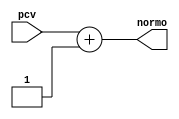
`timescale 1ns / 1ps
//////////////////////////////////////////////////////////////////////////////////
// Company: 
// Engineer: 
// 
// Design Name: 
// Module Name:    addr_norm 
// Project Name: 
// Target Devices: 
// Tool versions: 
// Description: 
//
// Dependencies: 
//
// Revision: 
// Revision 0.01 - File Created
// Additional Comments: 
//
//////////////////////////////////////////////////////////////////////////////////
module addr_norm( normo, pcv );

input  [6:0] pcv;
output [6:0] normo;

reg [6:0] ooo;

always @ (pcv)
begin
ooo <= pcv + 1;
end

assign normo = ooo;

endmodule